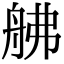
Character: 𦨡